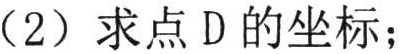
（2）求点 D 的坐标；